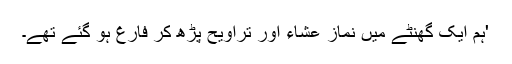
'ہم ایک گھنٹے میں نمازِ عشاء اور تراویح پڑھ کر فارغ ہو گئے تھے۔